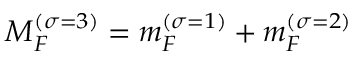
M _ { F } ^ { \left( \sigma = 3 \right) } = m _ { F } ^ { \left( \sigma = 1 \right) } + m _ { F } ^ { \left( \sigma = 2 \right) }